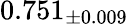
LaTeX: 0.751_{\pm 0.009}